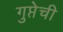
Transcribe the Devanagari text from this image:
गुप्तेची